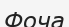
Фоча